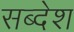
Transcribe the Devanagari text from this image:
सब्देश